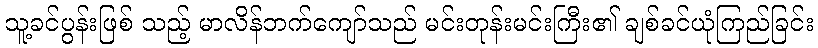
သူ့ခင်ပွန်းဖြစ် သည့် မာလိန်ဘက်ကျော်သည် မင်းတုန်းမင်းကြီး၏ ချစ်ခင်ယုံကြည်ခြင်း